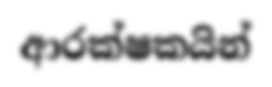
ආරක්ෂකයින්